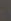
-